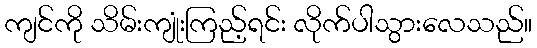
ကျင်ကို သိမ်းကျုံးကြည့်ရင်း လိုက်ပါသွားလေသည်။